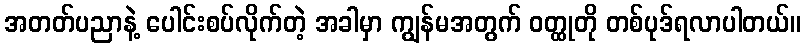
အတတ်ပညာနဲ့ ပေါင်းစပ်လိုက်တဲ့ အခါမှာ ကျွန်မအတွက် ဝတ္ထုတို တစ်ပုဒ်ရလာပါတယ်။